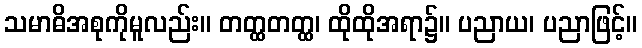
သမာဓိအစုကိုမူလည်း။ တတ္ထတတ္ထ၊ ထိုထိုအရာ၌။ ပညာယ၊ ပညာဖြင့်။